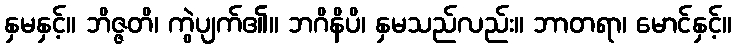
နှမနှင့်။ ဘိဇ္ဇတိ၊ ကွဲပျက်၏။ ဘဂိနိပိ၊ နှမသည်လည်း။ ဘာတရာ၊ မောင်နှင့်။